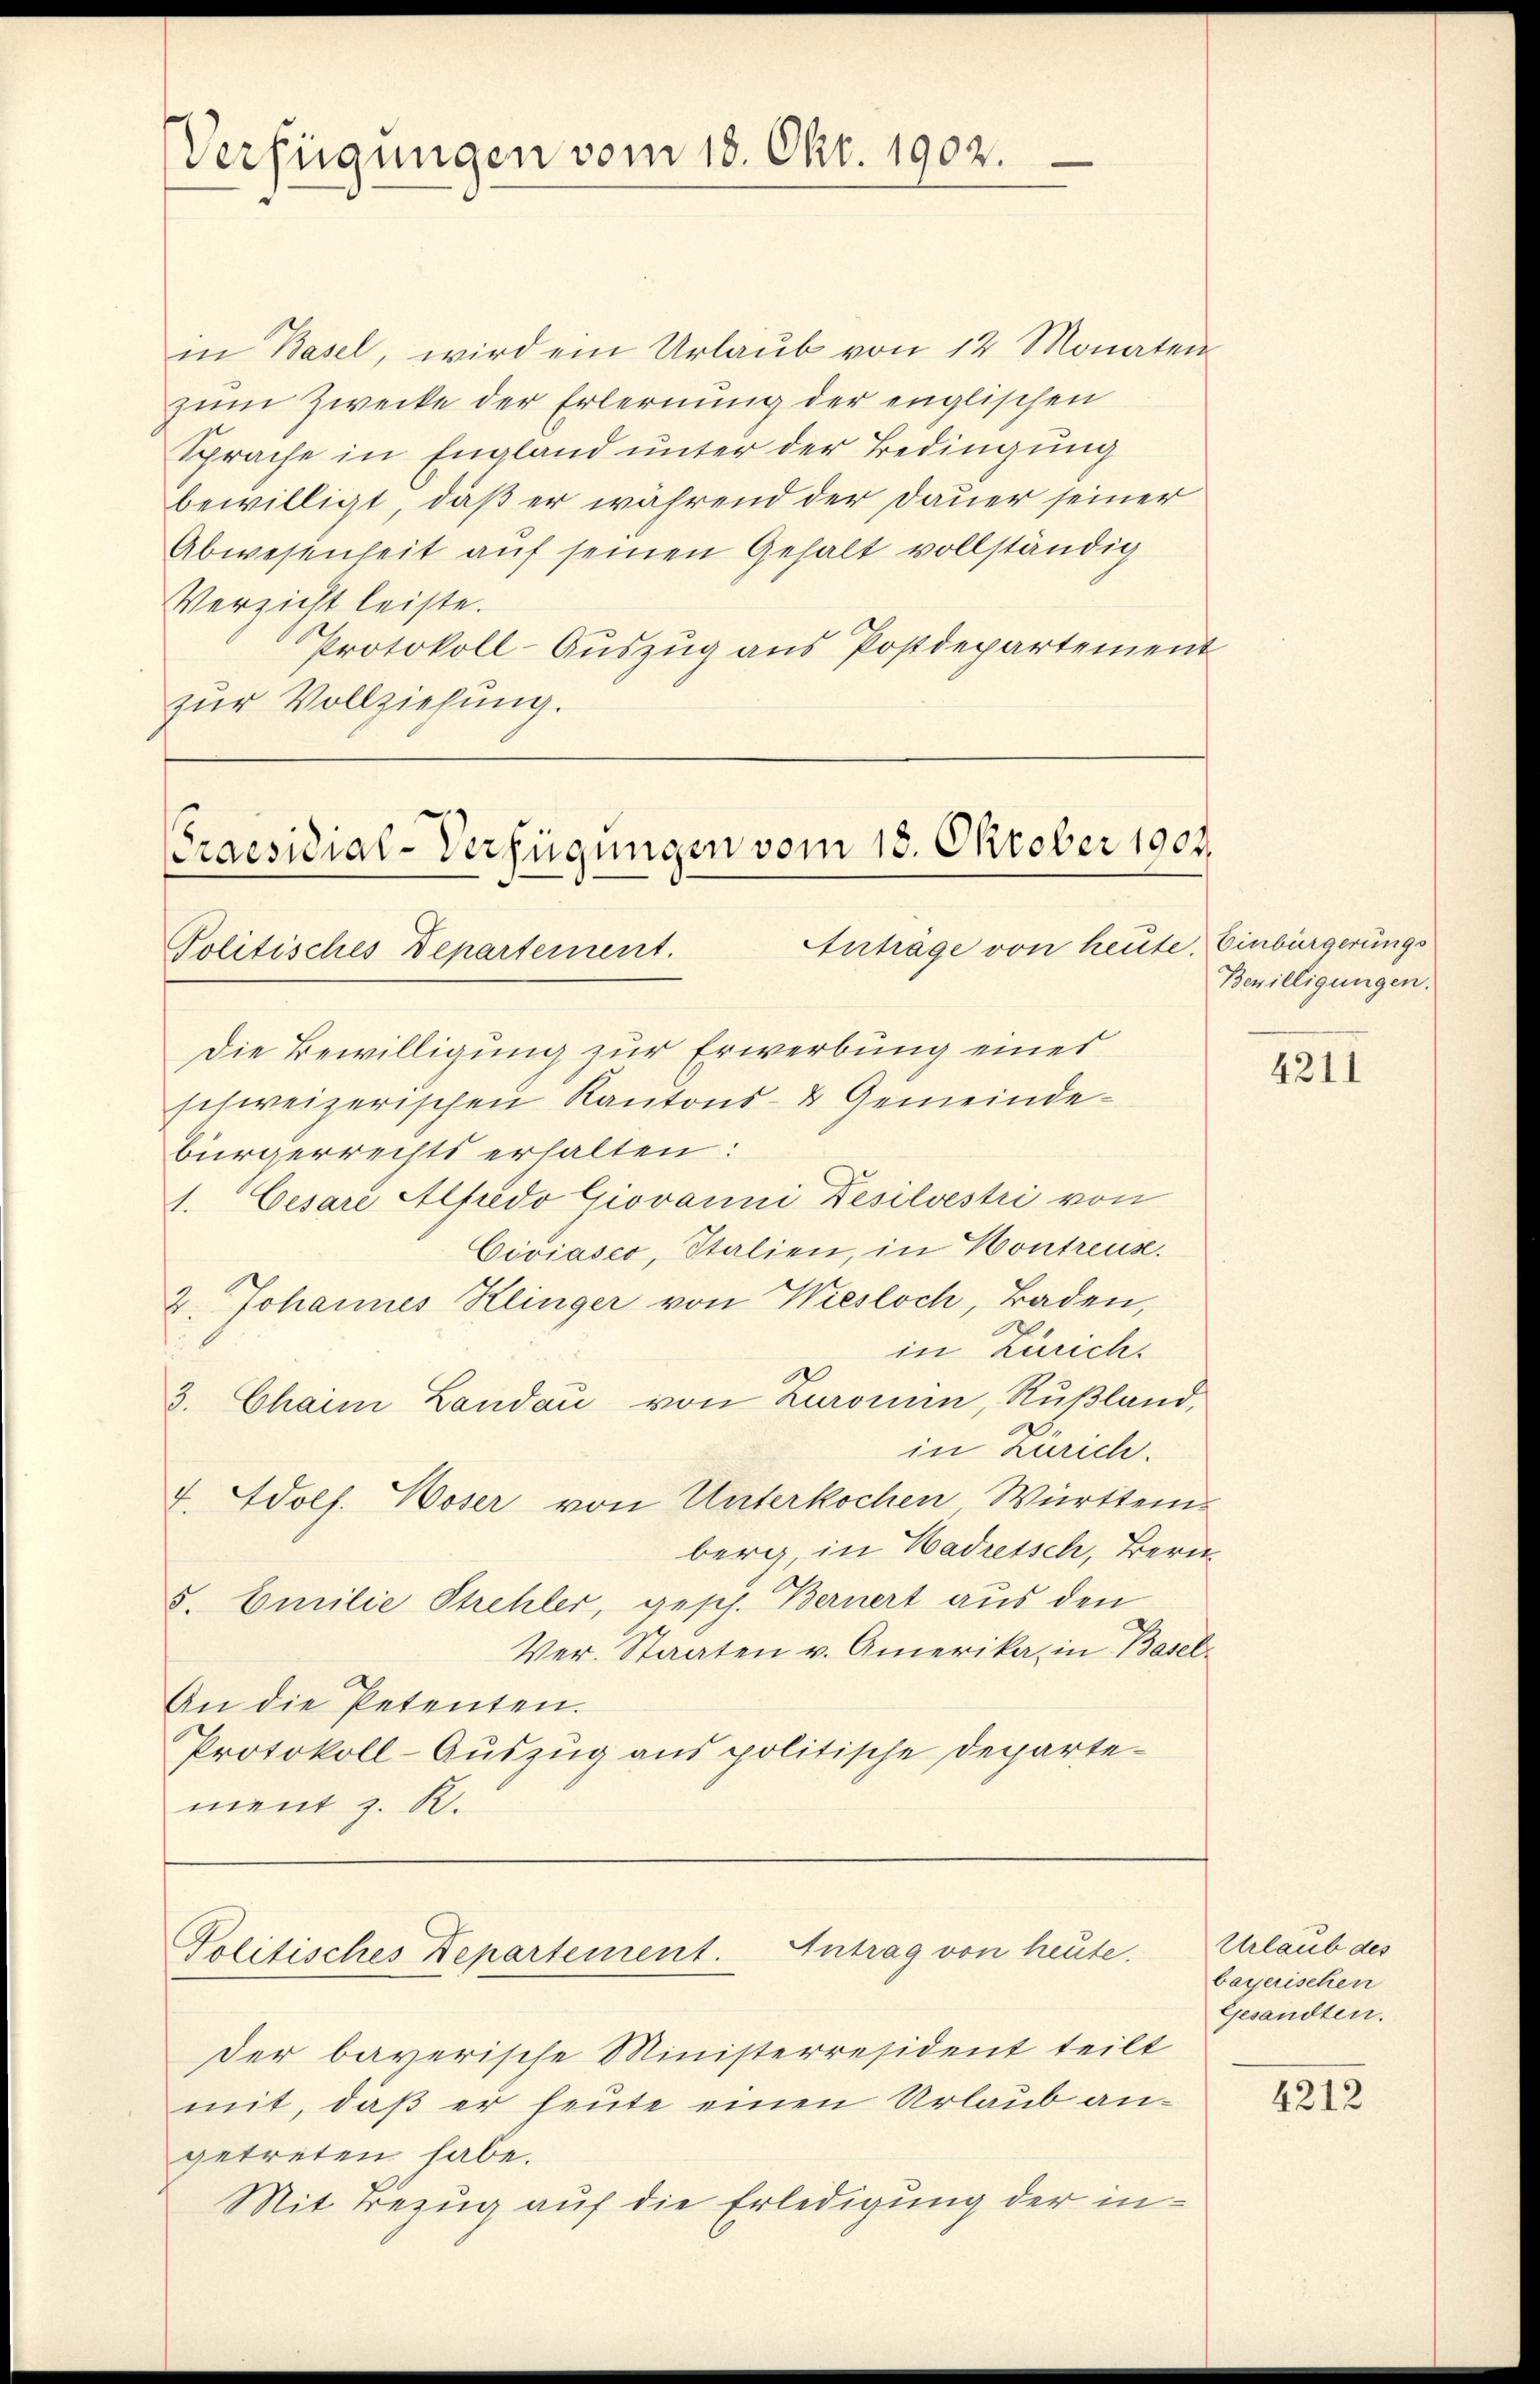
Verfügungen vom 18. Okt. 1902.

in Basel, wird ein Urlaub von 12 Monaten
zum Zwecke der Erlernung der englischen
Sprache in England unter der Bedingung
bewilligt, daß er während der Dauer seiner
Abwesenheit aŭf seinen Gehalt vollständig
Verzicht leiste.
Protokoll-Auszug aus Postdepartement
zur Vollziehung.

Praesidial-Verfügungen vom 18. Oktober 1901.
Antrage von heute, Einbürgerungs
Politisches Departement.

Antrag von heute.
Politisches Departement.

Die Bewilligung zur Erwerbung einer
schweizerischen Kantons- & Gemeindebürgerrechts erhalten:
1. Cesare Alfredo Giovanni Desilvestri von
Civiasco, Italien, in Kontreuse.
2. Johannes Klinger von Wiesloch, Baden,
in Zürch.
3. Chaim Landau von Zuronin, Rußland,
in Zürich.
F. Wolf. Woser von Unterkochen Württem-
berg, in Hadressch, Berei¬
5. Emilie Strehler, gesch. Bernert aus den
Ver-Staaten v. Amerika, in Basel-
An die Petenten.
Protokoll-Auszug aus politische Departement z. R.

der bayerische Ministerresident teilt
mit, daß er heute einen Urlaub angetreten habe.
Mit Bezug auf die Erledigung der in¬

Bewilligungen.

4211

Urlaub des
bayerischen
Gesandten.

4212